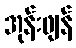
အုန်းဖျန်